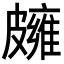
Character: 𥀪